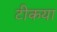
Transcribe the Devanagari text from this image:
टीकया